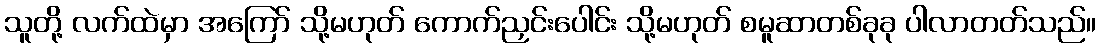
သူတို့ လက်ထဲမှာ အကြော် သို့မဟုတ် ကောက်ညှင်းပေါင်း သို့မဟုတ် စမူဆာတစ်ခုခု ပါလာတတ်သည်။